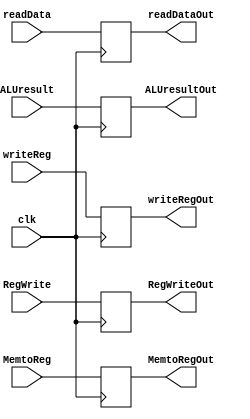
module Mem_WbReg(RegWrite, MemtoReg,ALUresult,clk,readData,writeReg,RegWriteOut,MemtoRegOut,readDataOut,ALUresultOut,writeRegOut);
  
  input clk;
  input RegWrite, MemtoReg;
  input [4:0] writeReg;
  input [31:0] ALUresult, readData;
  output reg RegWriteOut, MemtoRegOut;
  output reg [31:0] readDataOut,ALUresultOut;
  output reg [4:0] writeRegOut;
  
  always@(posedge clk)
    begin
      RegWriteOut<=RegWrite;
      MemtoRegOut<=MemtoReg;
      readDataOut<=readData;
      ALUresultOut<=ALUresult;
      writeRegOut<=writeReg;
      
    end
  
  
endmodule